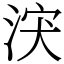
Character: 涋